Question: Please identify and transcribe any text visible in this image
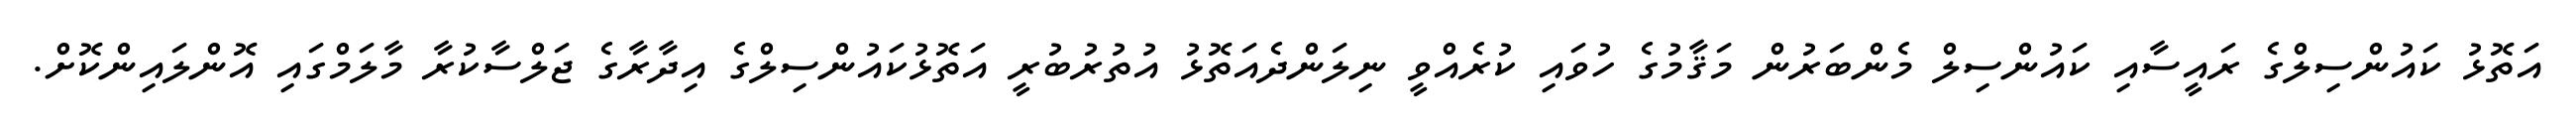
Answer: އަތޮޅު ކައުންސިލްގެ ރައީސާއި ކައުންސިލް މެންބަރުން މަޤާމުގެ ހުވައި ކުރެއްވީ ނިލަންދެއަތޮޅު އުތުރުބުރީ އަތޮޅުކައުންސިލްގެ އިދާރާގެ ޖަލްސާކުރާ މާލަމްގައި އޮންލައިންކޮށް.